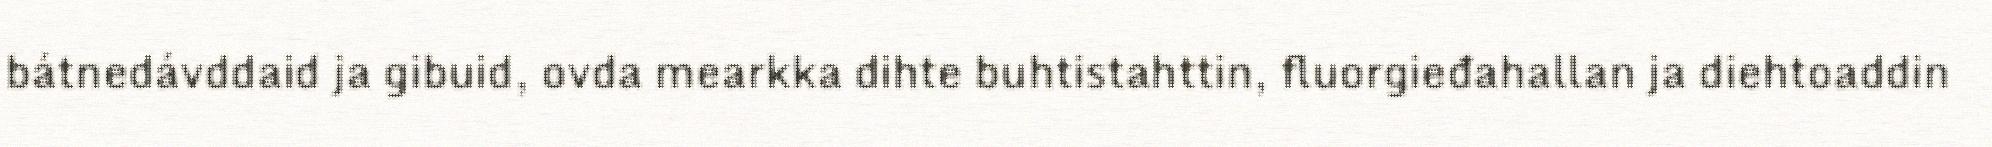
bátnedávddaid ja gibuid, ovda mearkka dihte buhtistahttin, fluorgieđahallan ja diehtoaddin